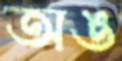
অঙ